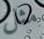
مثل